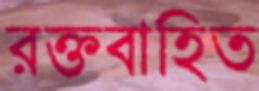
রক্তবাহিত